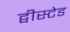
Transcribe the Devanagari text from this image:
ट्वीस्टेड